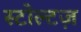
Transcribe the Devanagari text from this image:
स्टोल्टज़